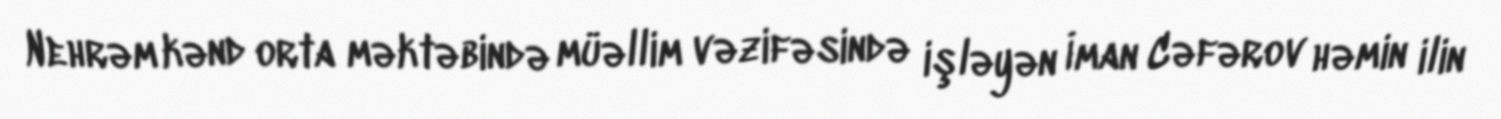
Nehrəm kənd orta məktəbində müəllim vəzifəsində işləyən İman Cəfərov həmin ilin